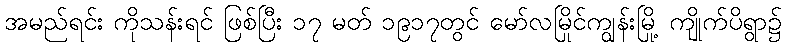
အမည်ရင်း ကိုသန်းရင် ဖြစ်ပြီး ၁၇ မတ် ၁၉၁၇တွင် မော်လမြိုင်ကျွန်းမြို့ ကျိုက်ပိရွာ၌